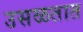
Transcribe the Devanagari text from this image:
उसळतात